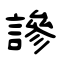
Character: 謲